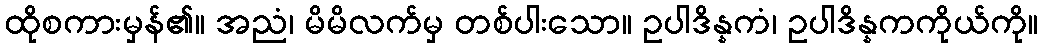
ထိုစကားမှန်၏။ အညံ၊ မိမိလက်မှ တစ်ပါးသော။ ဥပါဒိန္နကံ၊ ဥပါဒိန္နကကိုယ်ကို။